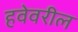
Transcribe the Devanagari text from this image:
हवेवरील